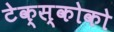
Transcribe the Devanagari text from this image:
टेक्स्कोको